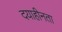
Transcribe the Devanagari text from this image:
दयाहीनता